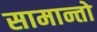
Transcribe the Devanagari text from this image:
सामान्तो